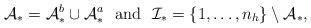
LaTeX: \begin{align*} {\mathcal{A}}_* = {\mathcal{A}^b_*} \cup {\mathcal{A}_*^a}\ \mbox{ and }\ {\mathcal{I}}_* = \{1,\dots,n_h\} \setminus {\mathcal{A}_*}, \end{align*}